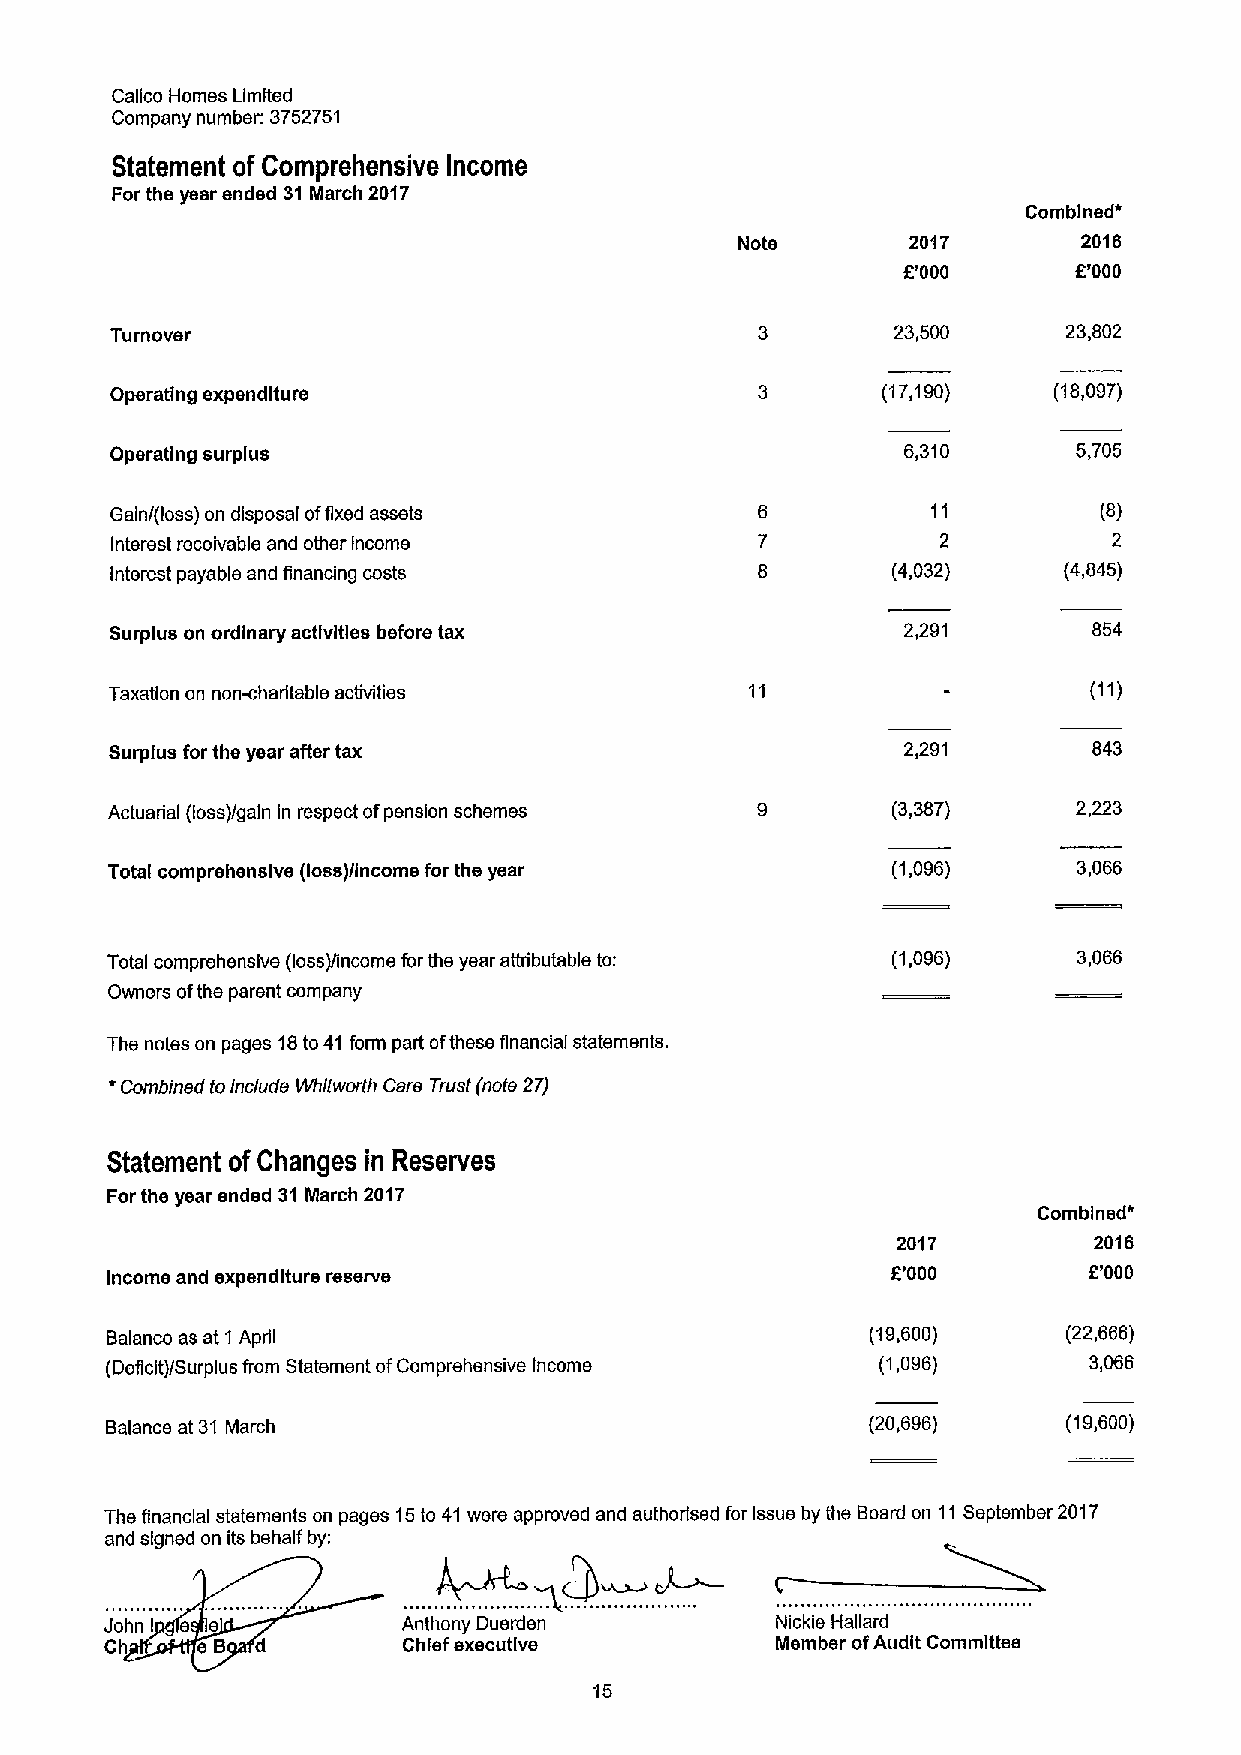
Calico Homes Limited
 Company number. 3752751
 Statement of Comprehensive Income
 For the year ended 31March 2017
 Combined*
 Nots       2017        2016
 f'000      6'000
 Turnover
 23,500      23,802
 Operating expenditure                              (17,190)    (18,097)
 Operating surplus                                    6,310      5,705
 Gain/(loss) on disposal offixed assets                 11         (8)
 Interest receivable and other Income                   2           2
 Interest payable and financing costs                (4,032)    (4,845)
 Surplus on ordinary activities before tax            2,291       854
 Taxatlon on non-charitable activities
 Surplus for ths year after tax                       2,291       843
 Actuarial (loss)/gain in respect ofpension schemes  (3,387)     2,223
 Total comprehensive (loss)/income for the year      (1,096)     3,066
 Total comprehensive (loss)/income for the year atbtbutable to: (1,096) 3,066
 Owners ofthe parent company
 Ths notes on pages 18to41 form part ofthese financial statements.
 '
 Combined toInclude Wh/tworth Care Trust (note 27)
 Statement of Changes in Reserves
 For the year ended 31 March 2017
 Combined'
 2017         2016
 Income and expenditure rssenre                      6'000        6'000
 Balance as at 1 April                              (19,600)     (22,666)
 (Deficit)/Surplus from Statement ofComprehensive Income (1,096)  3,066
 Balance at 31 March                                (20,696)     (19,600)
 The financial statements on pages 15to 41 were approved and authorised for Issue by the Board on 11September 2017
 and signed on its behalf by:
 John e e            Anthony Duerden         Nickie Hallard
 Ch I  eB  d         Chief executive         Member ofAudit Committee
 15